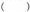
()